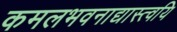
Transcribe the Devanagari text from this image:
कमलभवनाद्यास्त्वयि